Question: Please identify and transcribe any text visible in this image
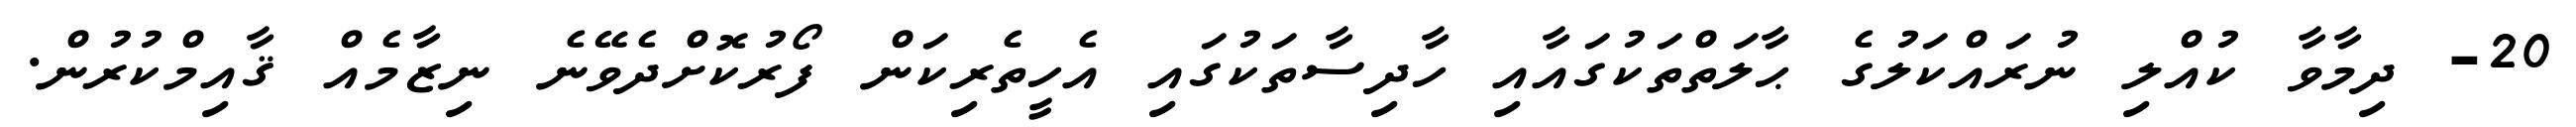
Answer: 20- ދިމާވާ ކުއްލި ނުރައްކަލުގެ ޙާލަތްތަކުގައާއި ހާދިސާތަކުގައި އެހީތެރިކަން ފޯރުކޮށްދެވޭނެ ނިޒާމެއް ޤާއިމްކުރުން.